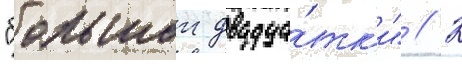
"большои двадца́тк'и" // К